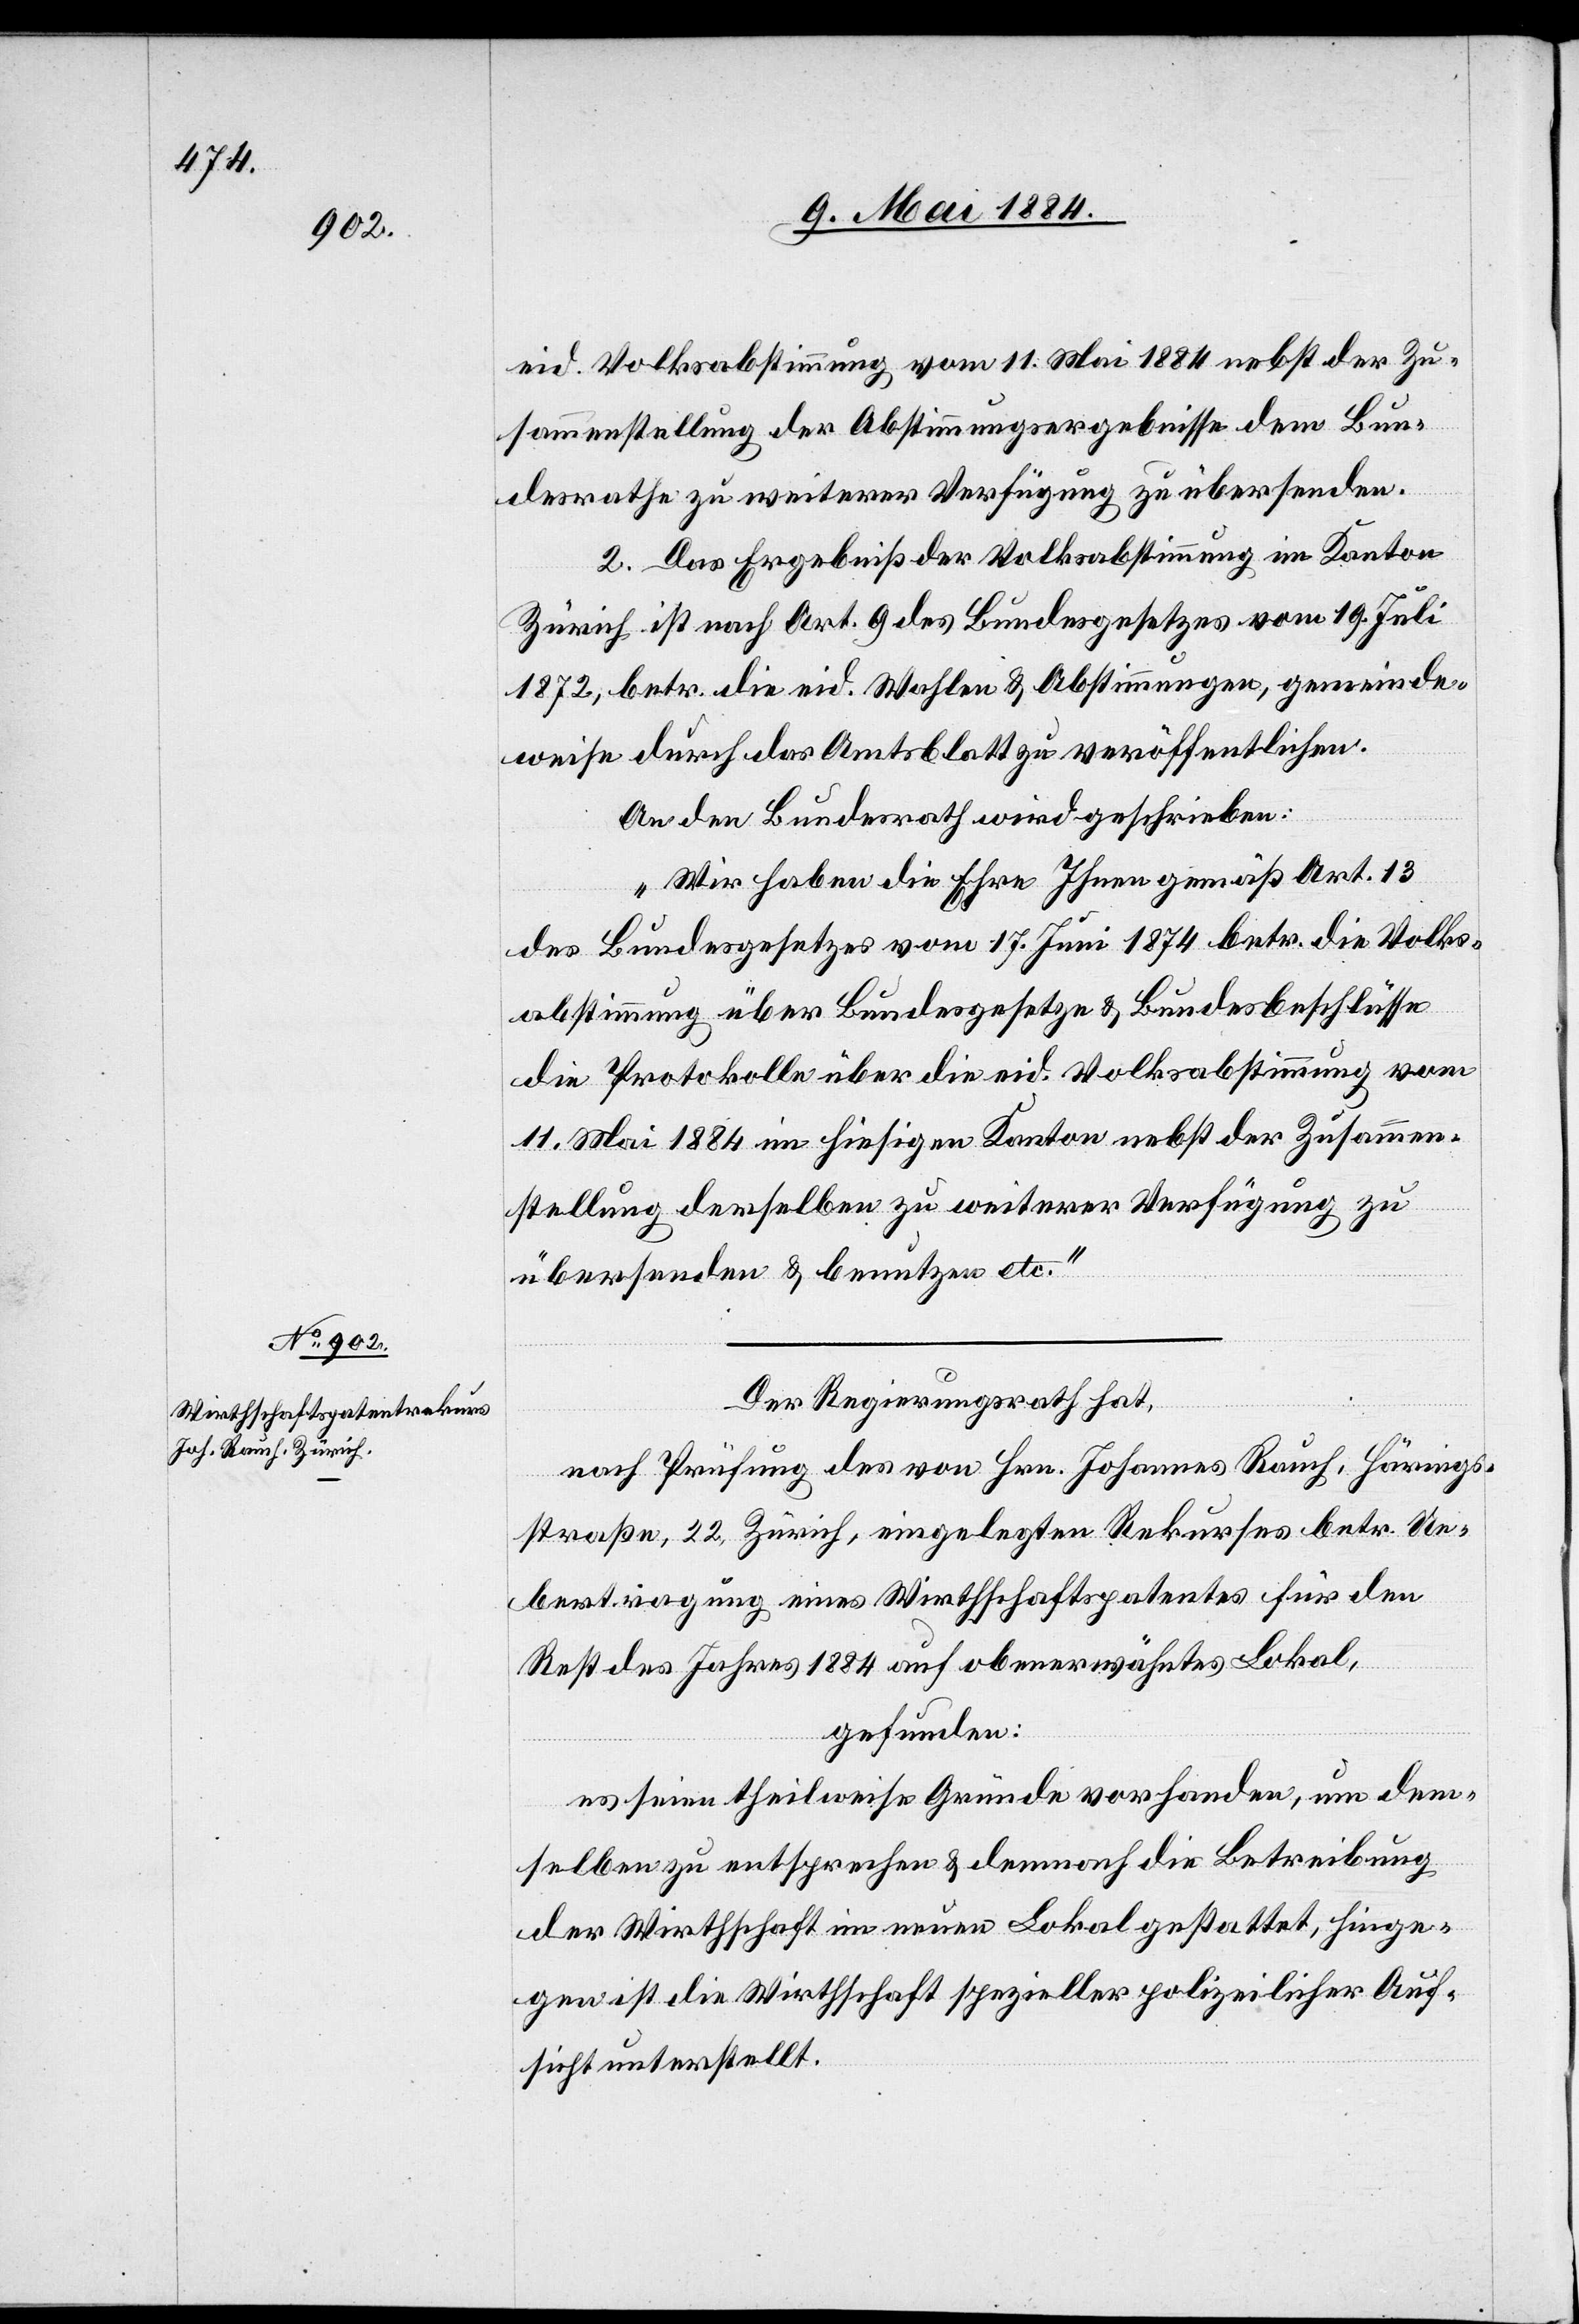
15. Mai 1884.]
eid. Volksabstimmung vom 11. Mai 1884 nebst der Zu¬
sammenstellung der Abstimmungsergebnisse dem Bun¬
desrathe zu weiterer Verfügung zu übersenden.
2. Das Ergebniß der Volksabstimmung im Kanton
Zürich ist nach Art. 9 des Bundesgesetzes vom 19. Juli
1872, betr. die eid. Wahlen & Abstimmungen, gemeinde¬
weise durch das Amtsblatt zu veröffentlichen.
An den Bundesrath wird geschrieben:
„Wir haben die Ehre Ihnen gemäß Art. 13
des Bundesgesetzes vom 17. Juni 1874 betr. die Volks¬
abstimmung über Bundesgesetz & Bundesbeschlüsse
die Protokolle über die eid. Volksabstimmung vom
11. Mai 1884 im hiesigen Kanton nebst der Zusammen¬
stellung derselben zu weiterer Verfügung zu
übersenden & benutzen etc.“
Der Regierungsrath hat,
nach Prüfung des von Hrn. Johannes Rauch, Härings¬
straße 22, Zürich, eingelegten Rekurses betr. Ue¬
bertragung eines Wirthschaftspatentes für den
Rest des Jahres 1884 auf obenerwähntes Lokal,
gefunden:
es seien theilweise Gründe vorhanden, um dem¬
selben zu entsprechen & demnach die Betreibung
der Wirthschaft im neuen Lokal gestattet, hinge¬
gen ist die Wirthschaft spezieller polizeilicher Auf¬
sicht unterstellt.